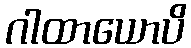
ဂါထာယောပိ